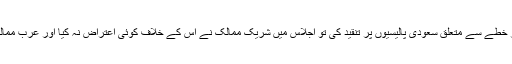
دلچسپ بات یہ ہے کہ عرب لیک کے اجلاس کے اختتام پر جب عراقی نمائندے نے یمن اور خطے سے متعلق سعودی پالیسیوں پر تنقید کی تو اجلاس میں شریک ممالک نے اس کے خلاف کوئی اعتراض نہ کیا اور عرب ممالک کے نمائندوں کی خاموشی ایک طرح سے عراقی نمائندے کی حمایت ظاہر کر رہی تھی۔